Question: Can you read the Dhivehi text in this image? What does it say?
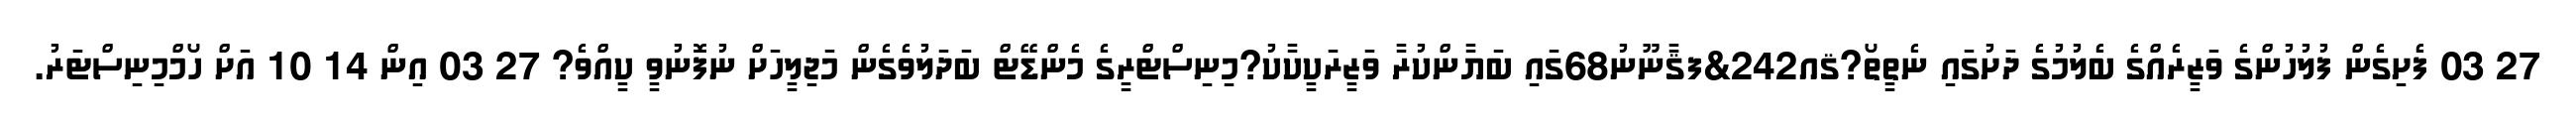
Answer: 27 03 ފެށިގެން ފުލުހުންގެ ވަޒީރެއްގެ ބެލުމުގެ ދަށުގައި ނެތީތޯ?ޤއ242&ފޤާނޫނު68ގައި ބަޔާންކުރާ ވަޒީރަކީކާކު?މިނިސްޓްރީގެ މެންޑޭޓް ބަދަލުވެގެން މަޖިލީހަށް ނުފޮނުވީ ކީއްވެ? 27 03 އިން 14 10 އަށް ހޯމްމިނިސްޓަރު.